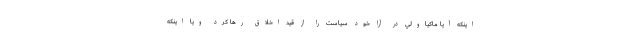
اينكه آيا ماكياولي در آرا خود سیاست را از قید اخلاق رها کرد ويا اينكه